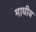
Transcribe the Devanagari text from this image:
माघीय